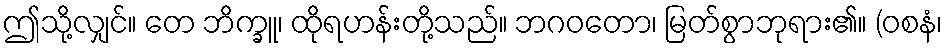
ဤသို့လျှင်။ တေ ဘိက္ခူ၊ ထိုရဟန်းတို့သည်။ ဘဂဝတော၊ မြတ်စွာဘုရား၏။ (ဝစနံ၊